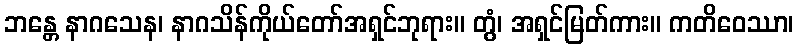
ဘန္တေ နာဂသေန၊ နာဂသိန်ကိုယ်တော်အရှင်ဘုရား။ တွံ၊ အရှင်မြတ်ကား။ ကတိဝေဿာ၊